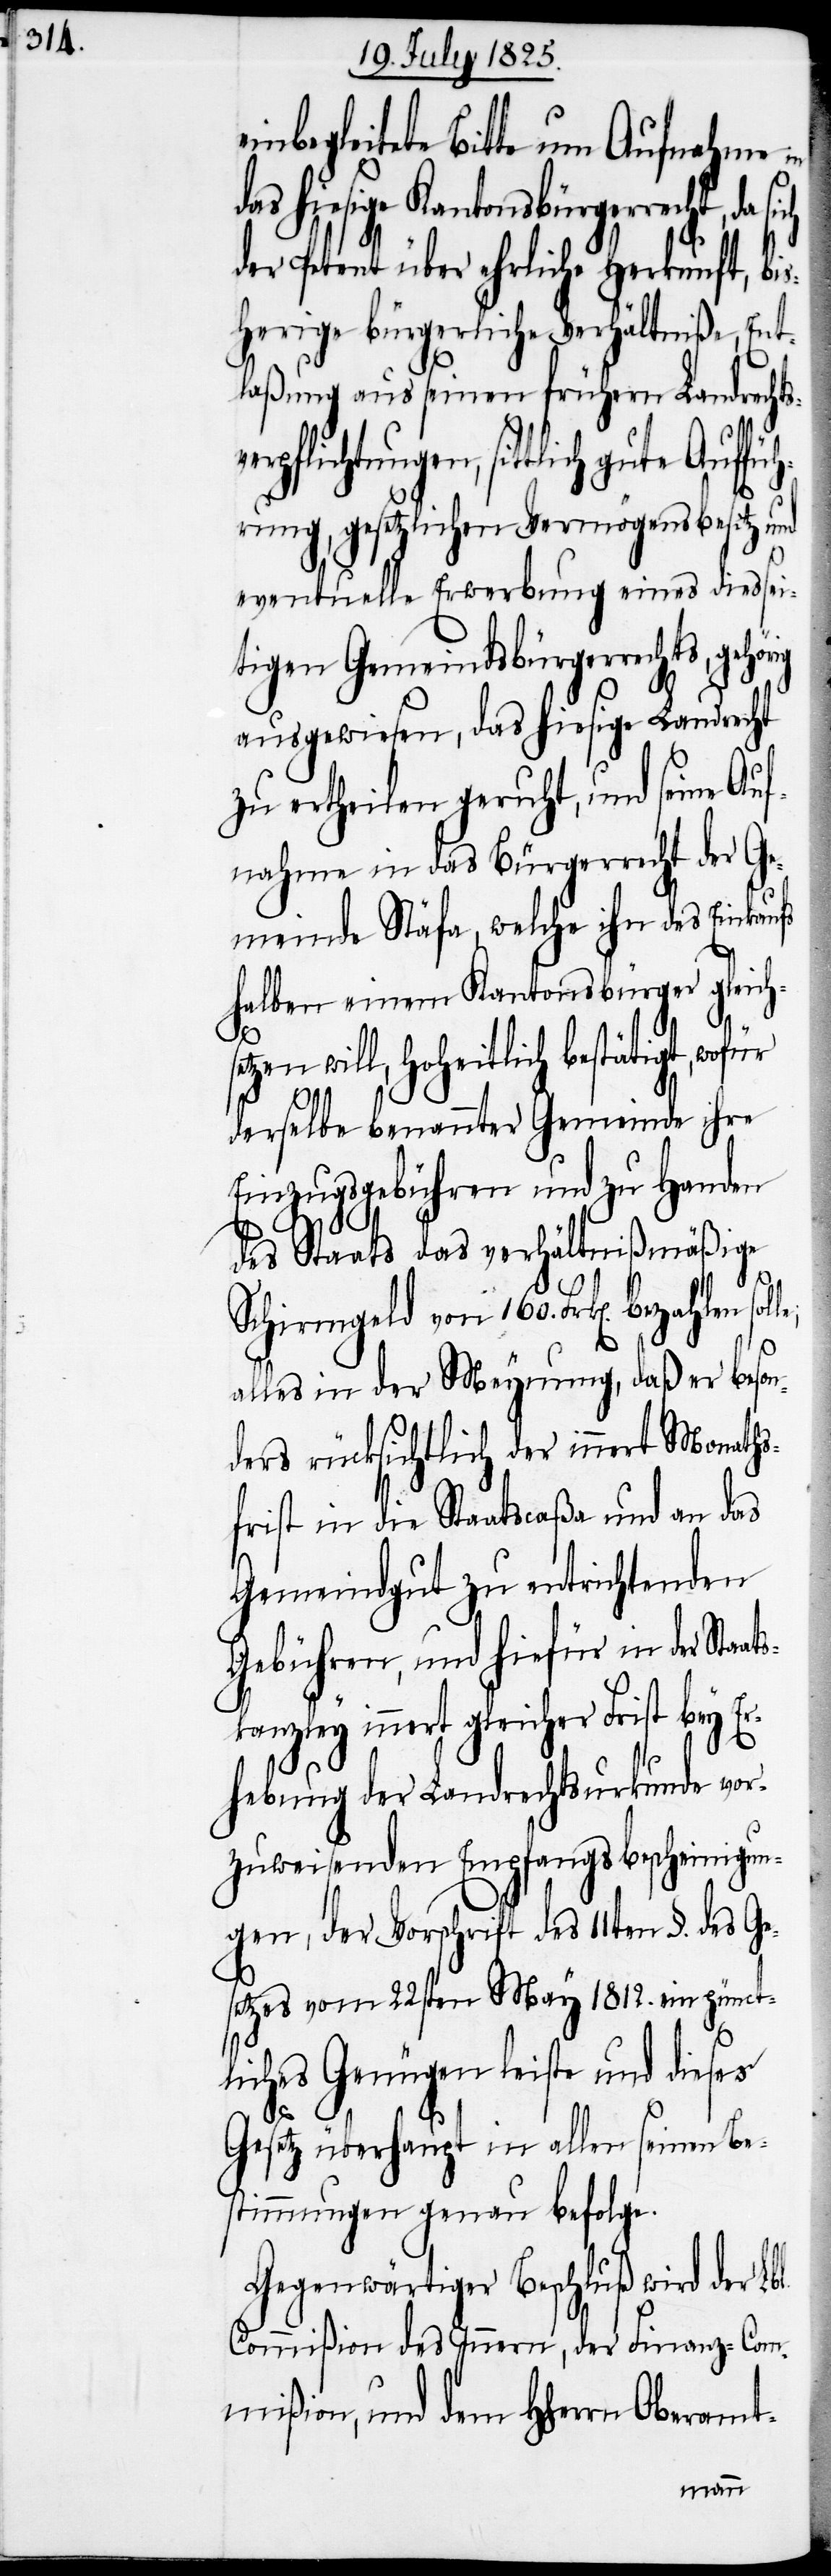
inbegleitete Bitte um Aufnahme in
as hiesige Kantonsbürgerrecht,
der Petent über ehrliche Herkunft, bi¬
sherige bürgerliche Verhältniße, Ent¬
laßung aus seinen frühern Landrechts¬
rung, gesetzlichen Vermögensbesitz und
eventuelle Erwerbung eines diessei¬
tigen Gemeindsbürgerrechtes,
ausgewiesen, das hiesige Landrecht
zu ertheilen geruht, und seine Auf¬
nahme in das Bürgerrecht der Ge¬
meinde Stäfa, welche ihn des Einkaufs
halben einem Kantonsbürger gleich¬
l.
will, Hoheitlich bestätigt,
derselbe benannter Gemeinde ihre
Einzugsgebühren und zu Handen
des Staats das verhältnißmäßige
Schirmgeld von 160. Frk[en]. bezahlen
alles in der Meynung, daß er beson¬
ders rücksichtlich der innert Monaths¬
frist in die Staatscaßa und an das
Gemeindgut zu entrichtenden
Gebühren, und hiefür in der Staa¬
kanzley innert gleicher Frist bey Er¬
hebung der Landrechtsurkunde vor¬
zuweisenden Empfangsbescheinigun¬
gen, der Vorschrift des 11ten §. des Ge¬
setzes vom 22sten May 1812. ein pünct¬
liches Genügen leiste und dieses
Gesetz überhaupt in allen seinen Be¬
stimmungen genau befolge.
Gegenwärtiger Beschluß wird der Lb¬
Commißion des Innern, der Finanz-Com¬
mißion, und dem Herrn Oberamt-